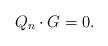
LaTeX: \begin{align*}Q_{n}\cdot G=0.\end{align*}